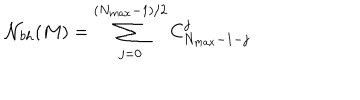
LaTeX: { \cal N } _ { b h } ( M ) = \sum _ { j = 0 } ^ { ( N _ { m a x } - 1 ) / 2 } C _ { N _ { m a x } - 1 - j } ^ { j }